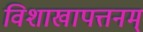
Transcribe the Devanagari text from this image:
विशाखापत्तनम्‌